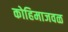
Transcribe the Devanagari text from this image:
कोहिमाजवळ